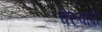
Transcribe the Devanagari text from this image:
चेरुवादी